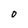
Character: o